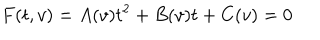
LaTeX: F ( t , v ) = A ( v ) t ^ { 2 } + B ( v ) t + C ( v ) = 0